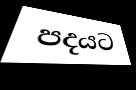
පදයට